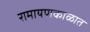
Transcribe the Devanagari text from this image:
रामायणकाळात